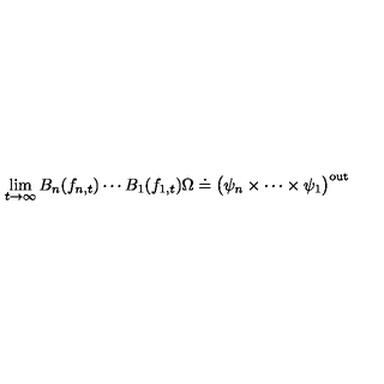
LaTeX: \lim _ { t \rightarrow \infty } B _ { n } ( f _ { n , t } ) \cdots B _ { 1 } ( f _ { 1 , t } ) \Omega \doteq \big ( \psi _ { n } \times \cdots \times \psi _ { 1 } \big ) ^ { \mathrm { o u t } } \,